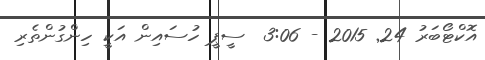
އޮކްޓޯބަރު 24